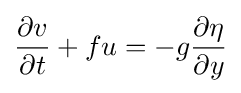
{\frac {\partial v}{\partial t}}+fu=-g{\frac {\partial \eta }{\partial y}}